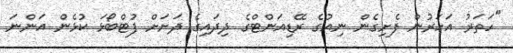
"ހަތަރު އަހަރުން ފެށިގެން ނިއުގެ ރޭޑިއަންޓްގެ ދިދައިގެ ދަށަށް ފުޓްބޯޅަ ކުޅެން އަންނަ